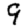
Digit: 9